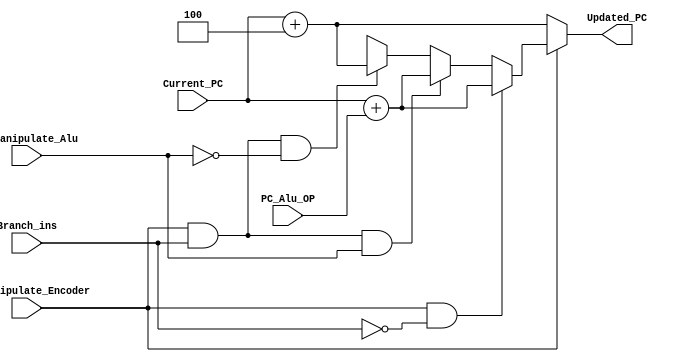
`timescale 1ns / 1ps


module PC_Alu(
input [31:0] PC_Alu_OP,
input [31:0] Current_PC,
output[31:0] Updated_PC,
input Pc_Manipulate_Encoder,Pc_Manipulate_Alu,Branch_ins
    );
    
    
assign Updated_PC = (Pc_Manipulate_Encoder == 1'b0) ?  ( Current_PC + 4 )                                                               : 
                    (Pc_Manipulate_Encoder == 1'b1) &  (Branch_ins == 1'b0) ?  ( Current_PC + PC_Alu_OP )                               :
                    (Pc_Manipulate_Encoder == 1'b1) &  (Branch_ins == 1'b1) & (Pc_Manipulate_Alu == 1'b1) ?  ( Current_PC + PC_Alu_OP ) :
                    (Pc_Manipulate_Encoder == 1'b1) &  (Branch_ins == 1'b1) & (Pc_Manipulate_Alu == 1'b0) ?  ( Current_PC + 4 )         :
                    32'bxxxxxxxxxxxxxxxxxxxxxxxxxxxxxx;
                    
                    
    
endmodule